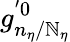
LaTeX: g_{n_{\eta}/\mathbb{N}_{\eta}}^{'0}